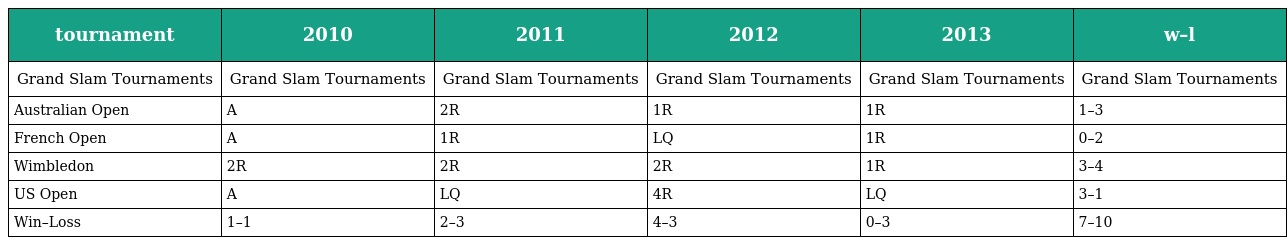
| tournament | 2010 | 2011 | 2012 | 2013 | w–l |
 | --- | --- | --- | --- | --- | --- |
 | Grand Slam Tournaments | Grand Slam Tournaments | Grand Slam Tournaments | Grand Slam Tournaments | Grand Slam Tournaments | Grand Slam Tournaments |
 | Australian Open | A | 2R | 1R | 1R | 1–3 |
 | French Open | A | 1R | LQ | 1R | 0–2 |
 | Wimbledon | 2R | 2R | 2R | 1R | 3–4 |
 | US Open | A | LQ | 4R | LQ | 3–1 |
 | Win–Loss | 1–1 | 2–3 | 4–3 | 0–3 | 7–10 |